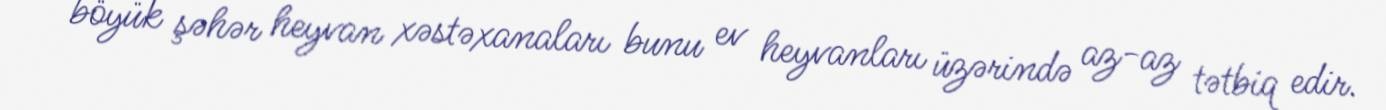
böyük şəhər heyvan xəstəxanaları bunu ev heyvanları üzərində az-az tətbiq edir.